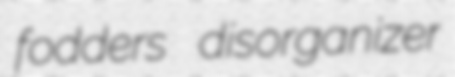
fodders disorganizer